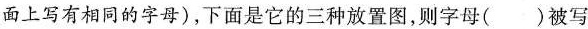
面上写有相同的字母)，下面是它的三种放置图，则字母( )被写